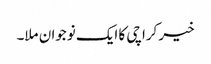
خیر کراچی کا ایک نوجوان ملا۔